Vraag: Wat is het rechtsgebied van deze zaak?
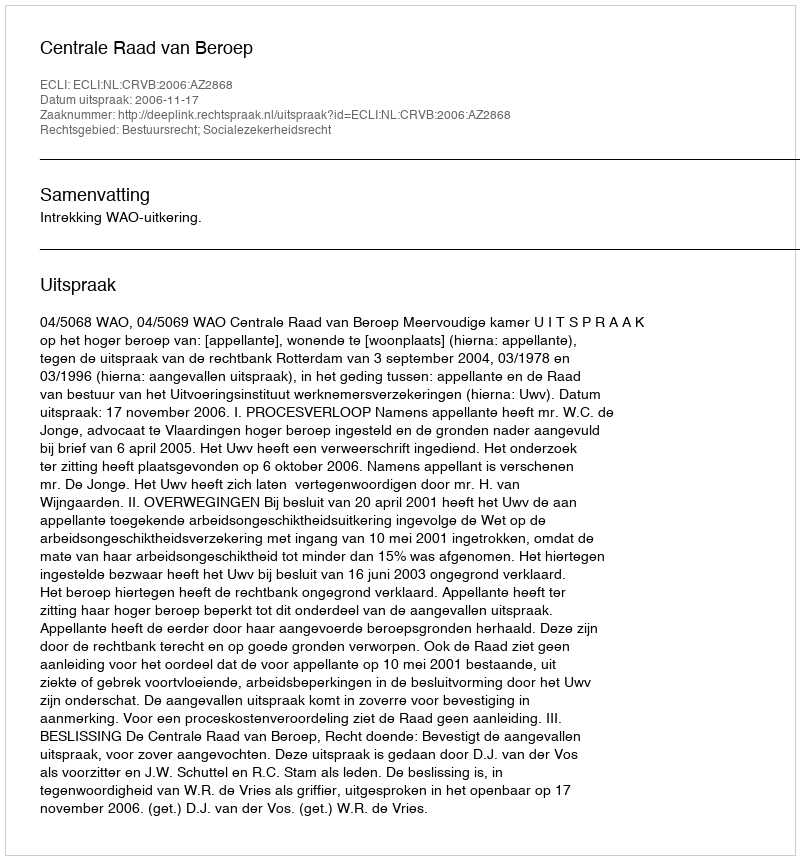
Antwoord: Bestuursrecht; Socialezekerheidsrecht